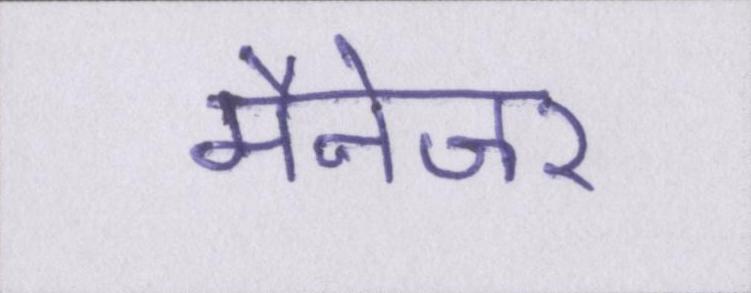
मैनेजर